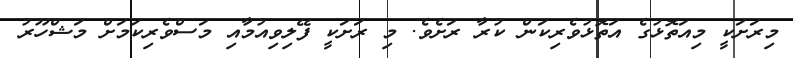
މިރަށަކީ މިއަތޮޅުގެ އަތޮޅުވެރިކަން ކުރާ ރަށެވެ. މި ރަށަކީ ފޭލިވިއުމާއި މަސްވެރިކަމަށް މަޝްހޫރު